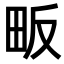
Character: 畈